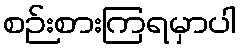
စဉ်းစားကြရမှာပါ